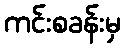
ကင်းစခန်းမှ